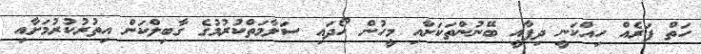
ހަތް ފަރެއް ހިއްކަނީ ދިފާއީ ބޭނުންތަކަށާއި މީހުން ހޯދައި ސަލާމަތްކުރުމުގެ ގާބިލްކަން އިތުރުކުރުމަށާއި